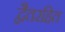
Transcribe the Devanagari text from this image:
द्वैतरहित